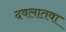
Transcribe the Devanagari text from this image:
दवलातवा